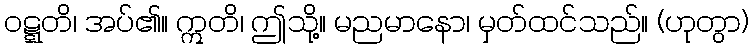
ဝဋ္ဋတိ၊ အပ်၏။ ဣတိ၊ ဤသို့။ မညမာနော၊ မှတ်ထင်သည်။ (ဟုတွာ)